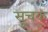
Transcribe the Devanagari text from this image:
सुचक